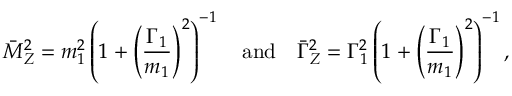
\bar { M } _ { Z } ^ { 2 } = m _ { 1 } ^ { 2 } \left( 1 + \left( \frac { \Gamma _ { 1 } } { m _ { 1 } } \right) ^ { 2 } \right) ^ { - 1 } \quad \mathrm { a n d } \quad \bar { \Gamma } _ { Z } ^ { 2 } = \Gamma _ { 1 } ^ { 2 } \left( 1 + \left( \frac { \Gamma _ { 1 } } { m _ { 1 } } \right) ^ { 2 } \right) ^ { - 1 } ,